Report on the lunatic asylums under the Government of Bombay - 1904-1913
Year: 1904
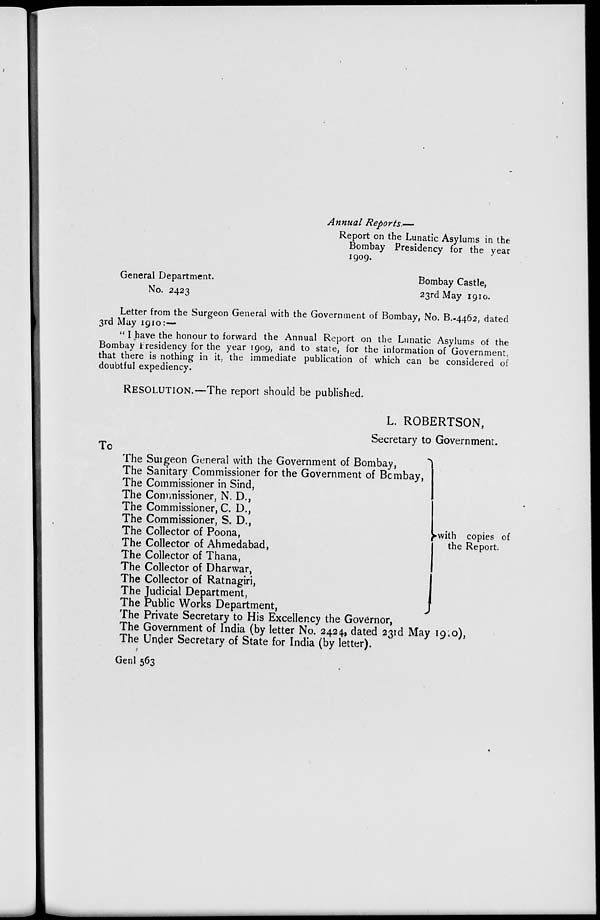
Annual Reports —
Report on the Lunatic Asylums in the
Bombay Presidency for the year
1909.
General Department.
No. 2423
Bombay Castle,
23rd May 1910.
Letter from the Surgeon General with the Government of Bombay, No. B.-4462, dated
3rd May 1910:-—
" I have the honour to forward the Annual Report on the Lunatic Asylums of the
Bombay Presidency for the year 1909, and to state, for the information of Government,
that there is nothing in it, the immediate publication of which can be considered of
doubtful expediency.
RESOLUTION.—The report should be published.
L. ROBERTSON,
Secretary to Government.
To
The Surgeon General with the Government of Bombay,
The Sanitary Commissioner for the Government of Bombay,
The Commissioner in Sind,
The Commissioner, N. D.,
The Commissioner, C. D.,
The Commissioner, S. D.,
The Collector of Poona,
The Collector of Ahmedabad,
The Collector of Thana,
The Collector of Dharwar,
The Collector of Ratnagiri,
The Judicial Department,
The Public Works Department,
with copies of
the Report.
The Private Secretary to His Excellency the Governor,
The Government of India (by letter No. 2424, dated 23rd May 1910),
The Under Secretary of State for India (by letter).
Genl 563